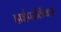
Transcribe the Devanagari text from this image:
हाईपरलिंक्स